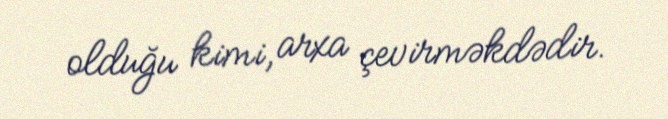
olduğu kimi, arxa çevirməkdədir.